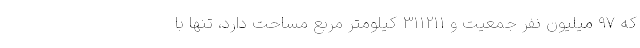
که 97 میلیون نفر جمعیت و 311211 کیلومتر مربع مساحت دارد، تنها با